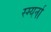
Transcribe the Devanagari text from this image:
स्म्यर्ना